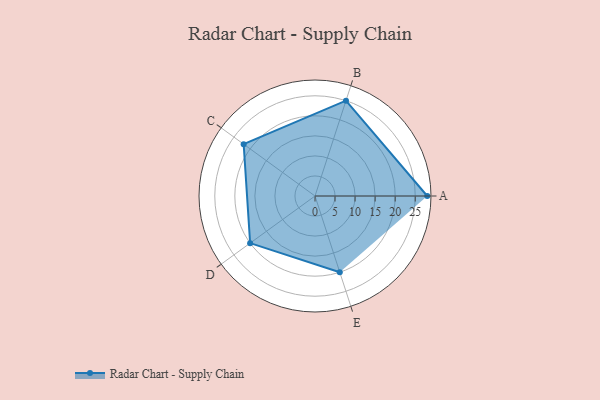
{"axis": {"x": "Skill", "y": "Score"}, "legend": ["Profile"], "data": [{"x": "A", "y": 28.0, "type": "Profile"}, {"x": "B", "y": 25.0, "type": "Profile"}, {"x": "C", "y": 22.0, "type": "Profile"}, {"x": "D", "y": 20, "type": "Profile"}, {"x": "E", "y": 20, "type": "Profile"}]}